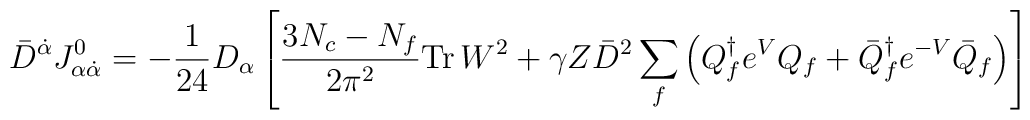
\bar{D}^{\dot{\alpha}} J^{0}_{\alpha\dot{\alpha}} = - \frac{1}{24} D_{\alpha}\left[\frac{3N_c-N_f}{2\pi^2} {\rm Tr} \,W^2 +\gamma Z \bar{D}^2 \sum_{f}\left({Q}^\dagger_f e^{V}{Q}_f + \bar{Q}^\dagger_{f} e^{-V}\bar{Q}_f \right)\right]